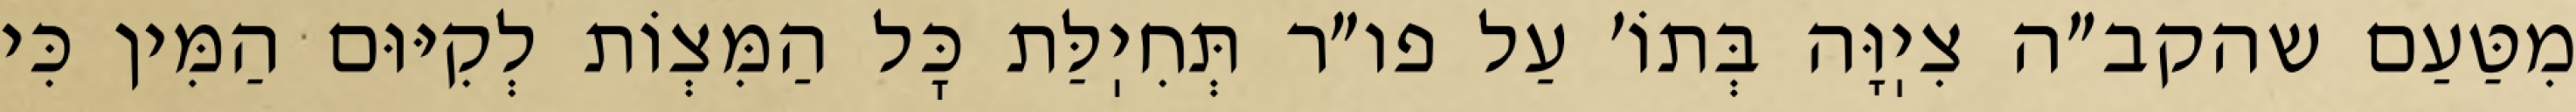
מִטַּעַם שהקב״ה צִיֽוָּה בְּתוֹ׳ עַל פו״ר תְּחִיֽלַּת כׇּל הַמִּצְוֹת לְקִיּוּם הַמִּין כִּי